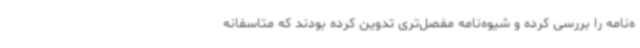
ه‌نامه را بررسی کرده و شیوه‌نامه مفصل‌تری تدوین کرده بودند که متاسفانه